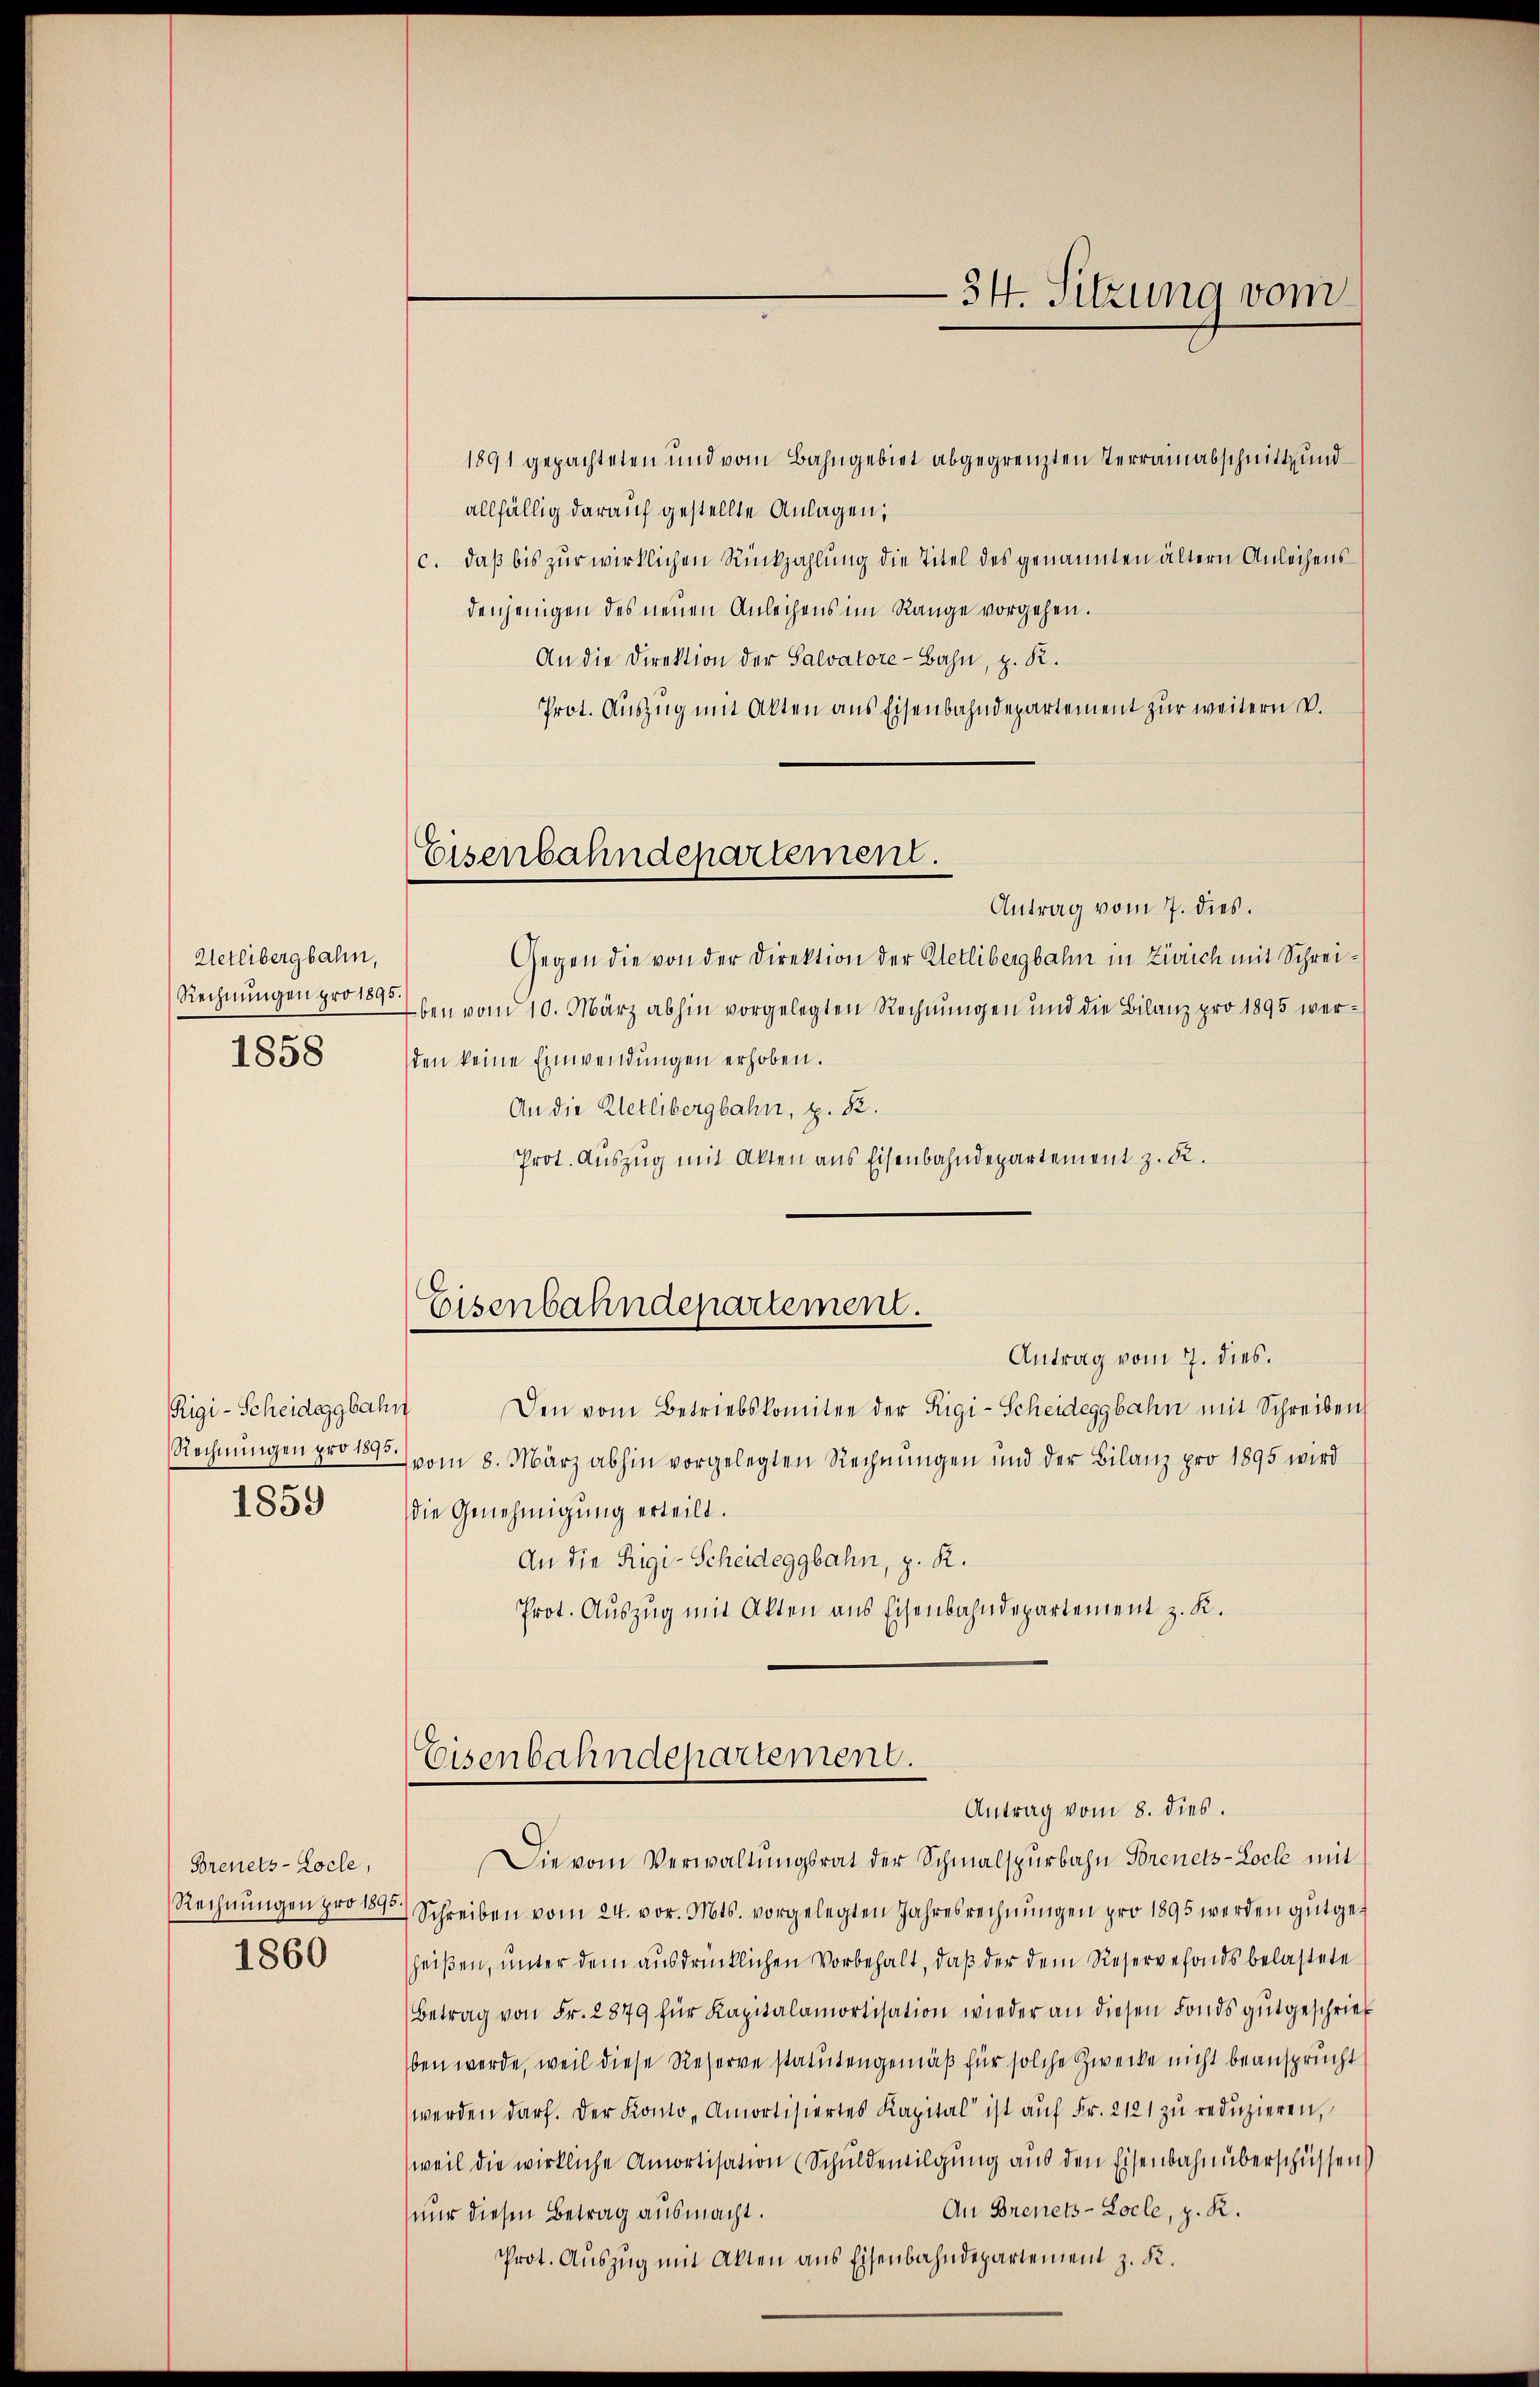
Uetlibergbahn,
Rechnungen pro 1895.
1858

Rigi-Scheideggbahn
Rechnungen pro 1895.
1859

Brenets-Loche,
1860

Eisenbahndepartement.

1891 gepachteten und vom Bahngebiet abgegrenzten Terrainabschnitt und
allfällig darauf gestellte Anlagen,
c. daß bis zur wirklichen Rückzahlung die Titel des genannten ältern Anleihens
denjenigen des neuen Anleihens im Range vorgehen.
An die Direktion der Salvatore-Bahn, z. R.
Prot. Auszug mit Akten aus Eisenbahndepartement zur weitern v.
Antrag vom 7. dies.
Gegen die von der Direktion der Kletlibergbahn in Zivich mit Schrei¬
Eben vom 10. März abhin vorgelegten Rechnungen und die Bilanz pro 1895 verden keine Einwendungen erhoben.
An die Kletlibergbahn, z. B.
Prot. Auszug mit Akten aus Eisenbahndepartement z. R.
Eisenbahndepartement.
Antrag vom 7. dies.
Den vom Betriebskomitee der Rigi-Scheideggbahn mit Schreiben
vom 8. März abhin vorgelegten Rechnungen und der Bilanz pro 1895 wird
die Genehmigung erteilt.
An die Rigi-Scheideggbahn, z. R.
Prot. Auszug mit Akten aus Eisenbahndepartement z. K.

34. Sitzung vom

Eisenbahndepartement.
Antrag vom 8. dies.

Die vom Verwaltungsrat der Schmalspurbahn Borenets-Locle mit
Rechnŭngen pro 1895.) Schreiben vom 24. vor. Mts. vorgelegten Jahresrechnŭngen pro 1895 werden gutgeheißen, unter dem ausdrücklichen Vorbehalt, daß der dem Reservefonds belastete
Betrag von Fr. 2879 für Kapitalamortisation wieder an diesen Fonds gutgeschrieb
ben werde, weil diese Reserve statutengemäß für solche Zwecke nicht beansprucht
werden darf. Der Konto-Amortisiertes Kapital ist aŭf Fr. 2121 zŭ redŭzieren,
weil die wirkliche Amortisation (Schuldentilgung aus den Eisenbahnüberschüssen
An Brenets-Locle, z. K.
nur diesen Betrag ausmacht.
Prot. Auszug mit Akten aus Eisenbahndepartement z. K.